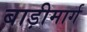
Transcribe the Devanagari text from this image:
बाड़ीमार्ग